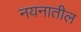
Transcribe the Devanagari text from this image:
नयनातील